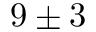
9 \pm 3